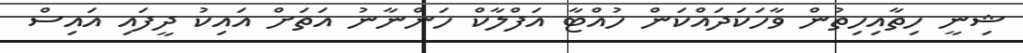
ޝިނީ ހިތާއިހިތުން ވާހަކަދައްކަން ހުއްޓާ އަފްލާކް ހަންނާނު އަތަށް އައިކު ދީފައި އައިސް